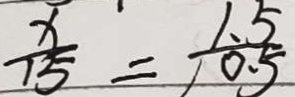
\frac { x } { 1 5 } = \frac { 1 . 5 } { 0 . 5 }